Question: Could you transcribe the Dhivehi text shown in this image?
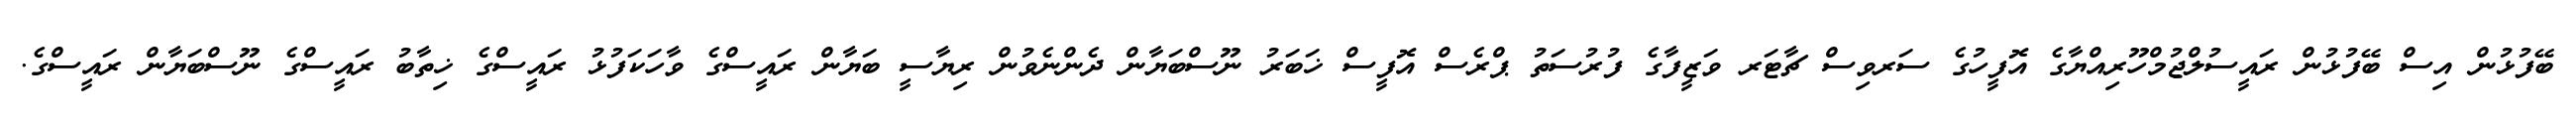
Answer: ބޭފުޅުން އިސް ބޭފުޅުން ރައީސުލްޖުމްހޫރިއްޔާގެ އޮފީހުގެ ސަރވިސް ޗާޓަރ ވަޒީފާގެ ފުރުސަތު ޕްރެސް އޮފީސް ޚަބަރު ނޫސްބަޔާން ދެންނެވުން ރިޔާސީ ބަޔާން ރައީސްގެ ވާހަކަފުޅު ރައީސްގެ ޚިތާބު ރައީސްގެ ނޫސްބަޔާން ރައީސްގެ.